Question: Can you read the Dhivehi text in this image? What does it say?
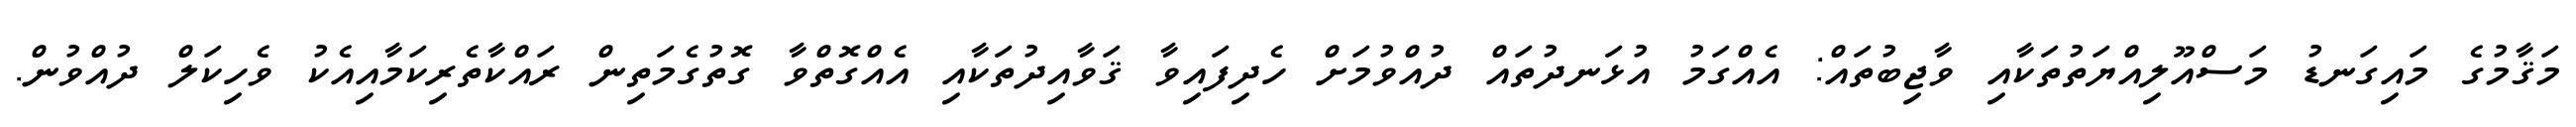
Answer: މަޤާމުގެ މައިގަނޑު މަސްއޫލިއްޔަތުތަކާއި ވާޖިބުތައް: އެއްގަމު އުޅަނދުތައް ދުއްވުމަށް ހެދިފައިވާ ޤަވާއިދުތަކާއި އެއްގޮތްވާ ގޮތުގެމަތިން ރައްކާތެރިކަމާއިއެކު ވެހިކަލް ދުއްވުން.